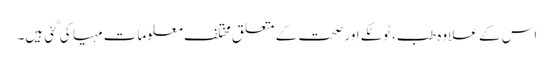
اس کے علاوہ طب، ٹوٹکے اور صحت کے متعلق مختلف معلومات مہیا کی گئی ہیں۔